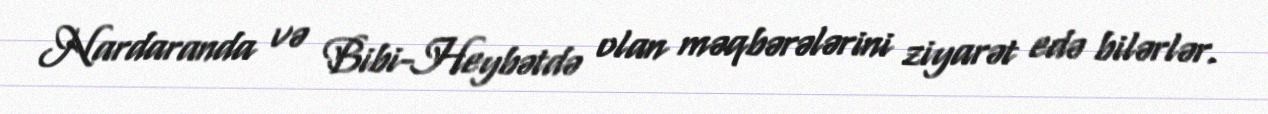
Nardaranda və Bibi-Heybətdə olan məqbərələrini ziyarət edə bilərlər.